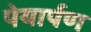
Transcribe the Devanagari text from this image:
पेयार्पण